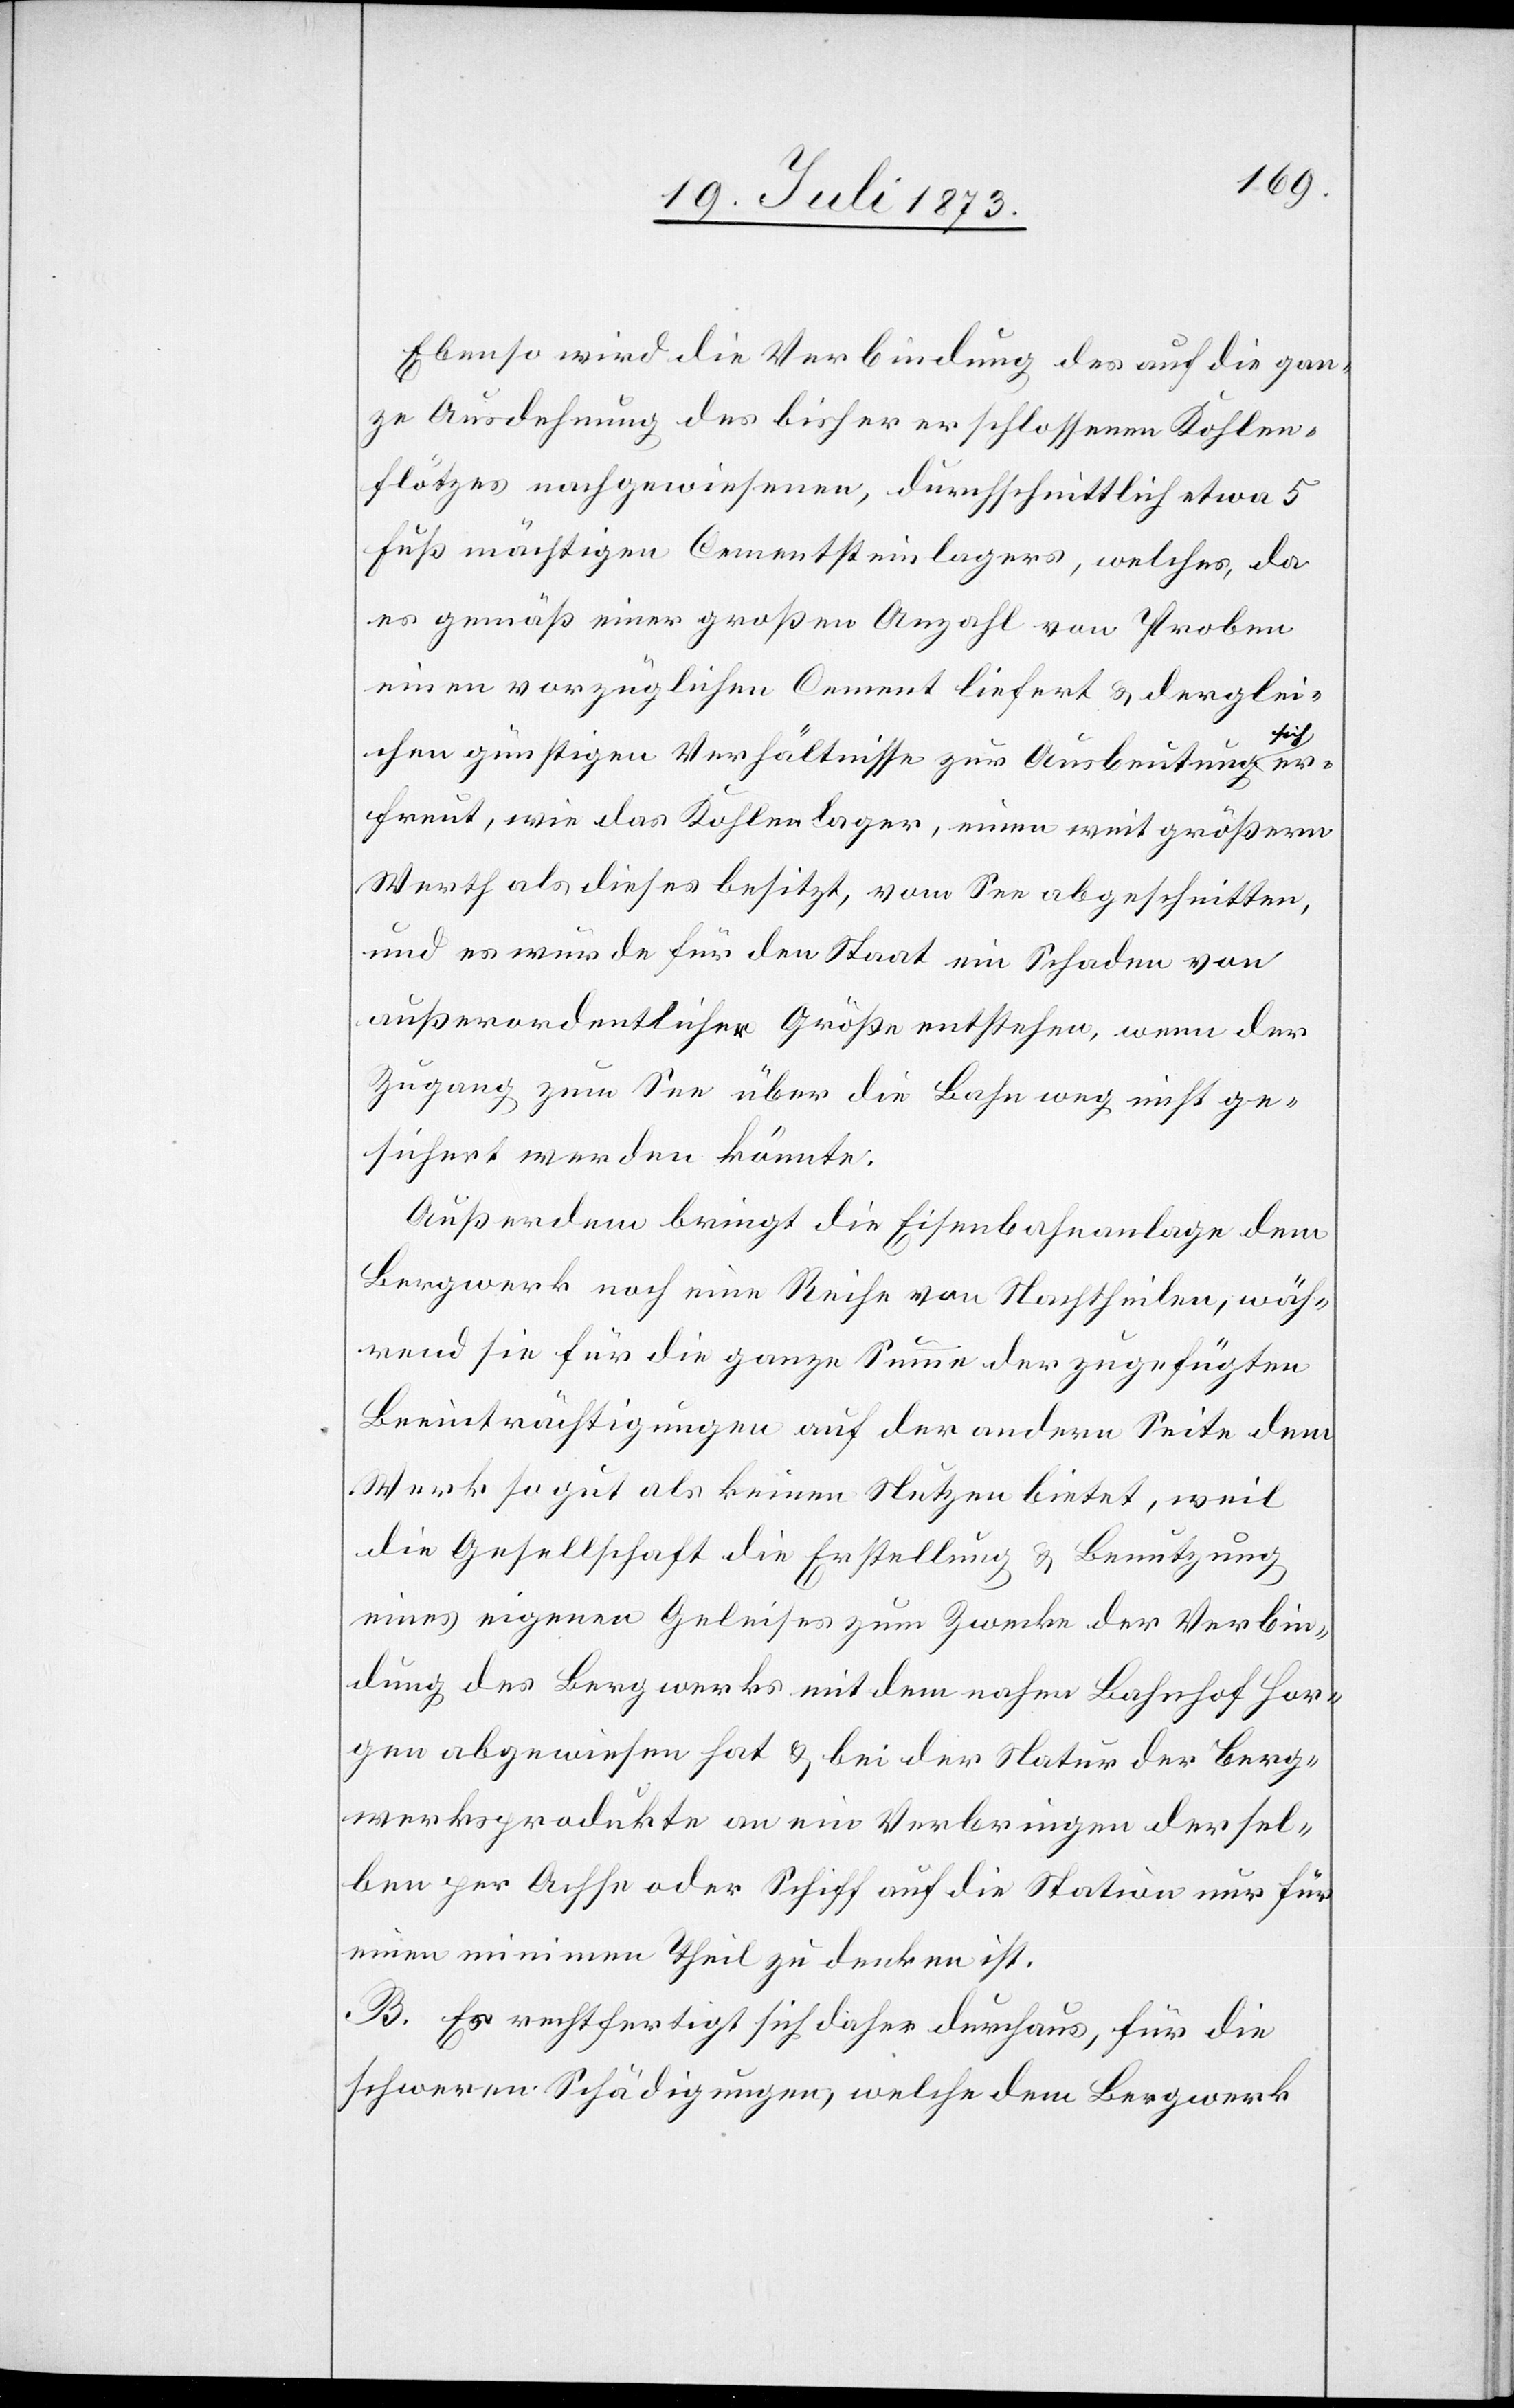
Ebenso wird die Verbindung des auf die gan¬
ze Ausdehnung des bisher erschlossenen Kohlen¬
flötzes nachgewiesenen, durchschnittlich etwa 5
Fuß mächtigen Cementsteinlagers, welches, da
es gemäß einer großen Anzahl von Proben
einen vorzüglichen Cement liefert & derglei¬
ich
chen günstigen Verhältnisse zur Ausbeutung s¬
erfreut, wie das Kohlenlager, einen weit größern
Werth als dieses besitzt, vom See abgeschnitten,
und es würde für den Staat ein Schaden von
außerordentlicher Größe entstehen, wenn der
Zugang zum See über die Bahn weg nicht ge¬
sichert werden könnte.
Außerdem bringt die Eisenbahnanlage dem
Bergwerk noch eine Reihe von Nachtheilen, wäh¬
rend sie für die ganze Summe der zugefügten
Beeinträchtigungen auf der andern Seite dem
Werk so gut als keinen Nutzen bietet, weil
die Gesellschaft die Erstellung & Benutzung
eines eigenen Geleises zum Zwecke der Verbin¬
dung des Bergwerks mit dem nahen Bahnhof Hor¬
gen abgewiesen hat & bei der Natur der Berg¬
werksprodukte an ein Verbringen dersel¬
ben per Ochse oder Schiff auf die Station nur für
einen minimen Theil zu denken ist.
B. Es rechtfertigt sich daher durchaus, für die
schweren Schädigungen, welche dem Bergwerk